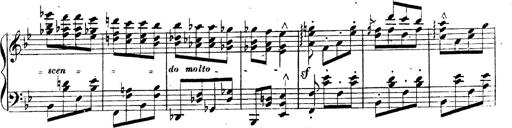
Title: 3 Caprices-Valses
Composer: Franz Liszt